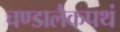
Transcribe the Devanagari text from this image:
चण्डालैकपथं